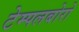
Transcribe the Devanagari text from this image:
टेम्पलबोरो